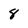
Character: 8